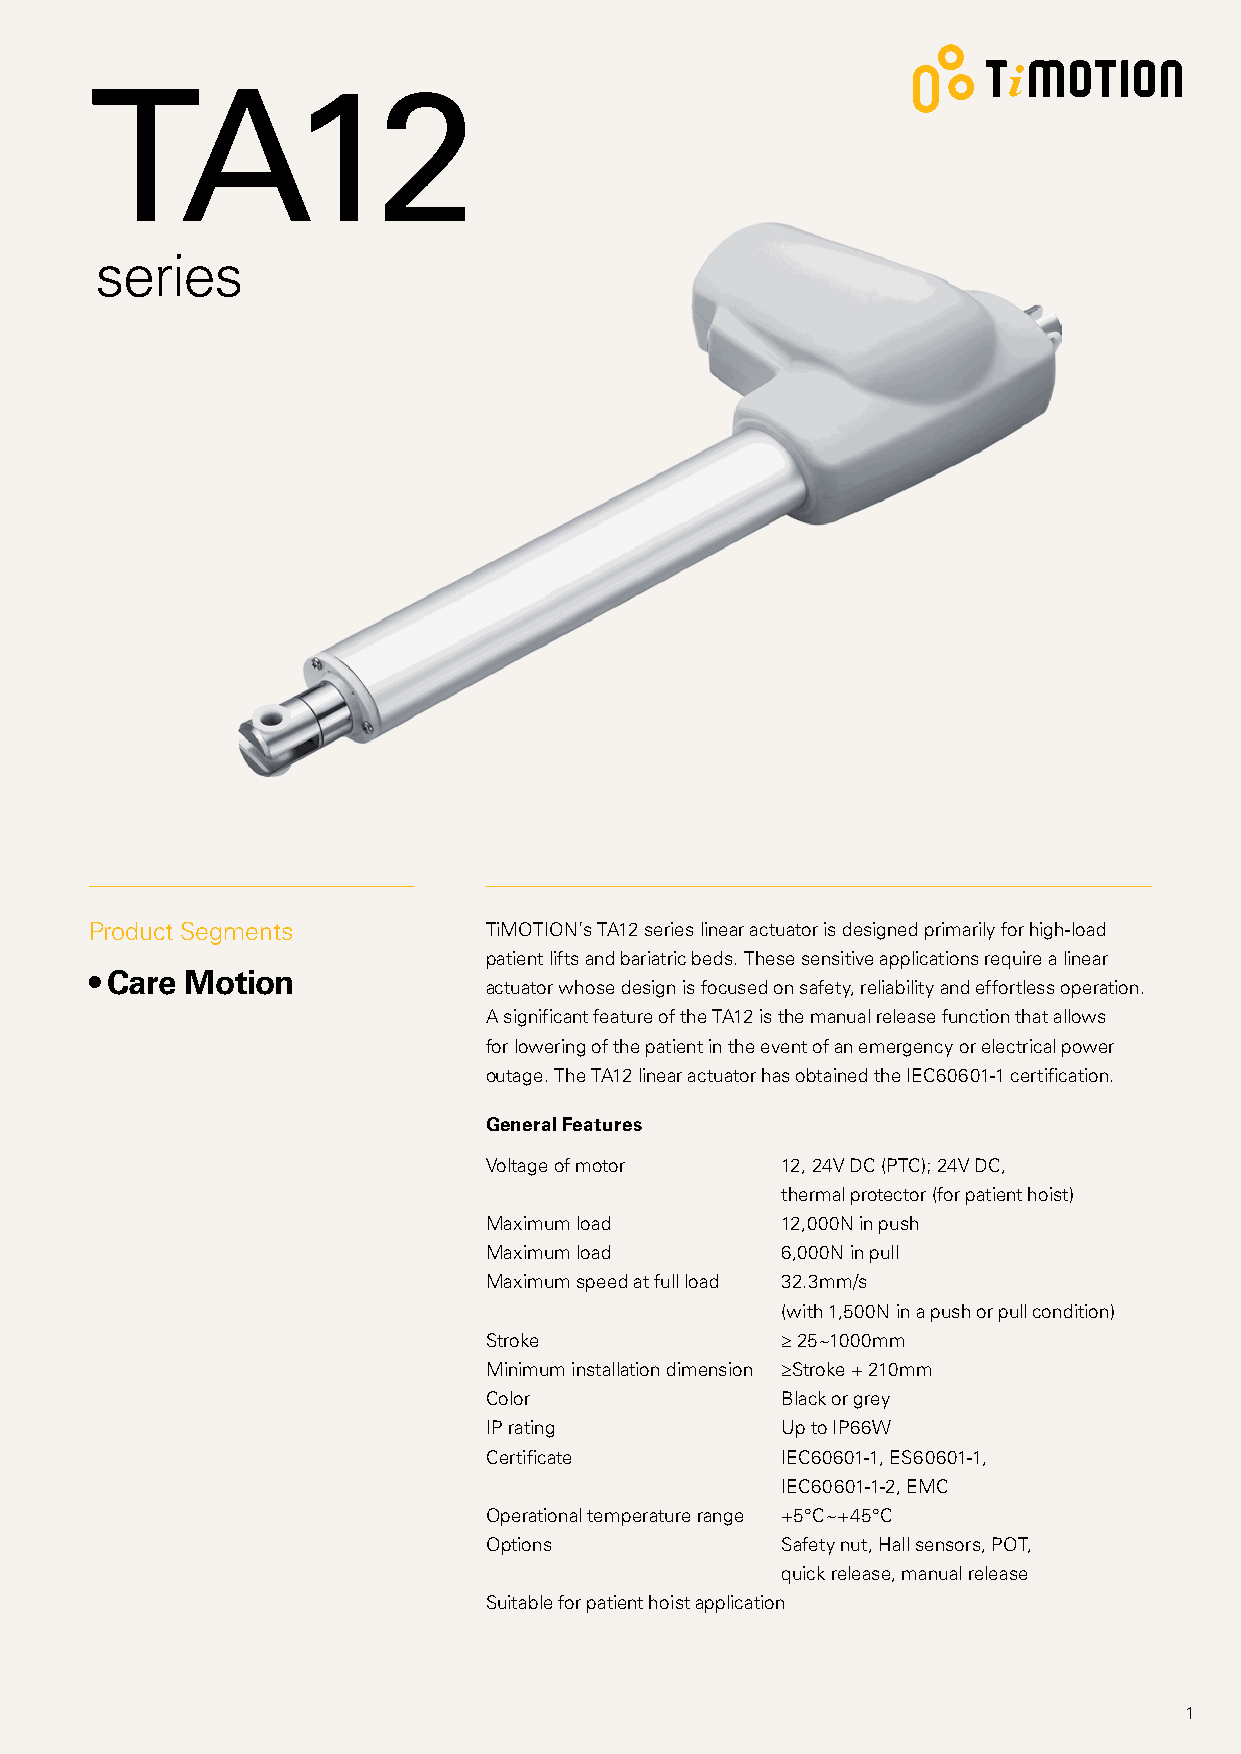
TA12
 series
 Product Segments          TiMOTION’s TA12 series linear actuator is designed primarily for high-load
 patient lifts and bariatric beds. These sensitive applications require a linear
 • Care Motion
 actuator whose design is focused on safety, reliability and effortless operation.
 A significant feature of the TA12 is the manual release function that allows
 for lowering of the patient in the event of an emergency or electrical power
 outage. The TA12 linear actuator has obtained the IEC60601-1 certification.
 General Features
 Voltage of motor    12, 24V DC (PTC); 24V DC,
 thermal protector (for patient hoist)
 Maximum load        12,000N in push
 Maximum load        6,000N in pull
 Maximum speed at full load 32.3mm/s
 (with 1,500N in a push or pull condition)
 Stroke              ≥ 25~1000mm
 Minimum installation dimension ≥Stroke + 210mm
 Color               Black or grey
 IP rating           Up to IP66W
 Certificate         IEC60601-1, ES60601-1,
 IEC60601-1-2, EMC
 Operational temperature range +5°C~+45°C
 Options             Safety nut, Hall sensors, POT,
 quick release, manual release
 Suitable for patient hoist application
 1